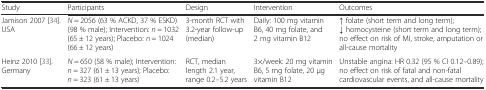
<table><thead><tr><td><b>Study</b></td><td><b>Participants</b></td><td><b>Design</b></td><td><b>Intervention</b></td><td><b>Outcomes</b></td></tr></thead><tbody><tr><td>Jamison 2007 [34]. USA</td><td><i>N</i> = 2056 (63 % ACKD, 37 % ESKD) (98 % male); Intervention: <i>n</i> = 1032 (65 ± 12 years); Placebo: <i>n</i> = 1024 (66 ± 12 years)</td><td>3-month RCT with 3.2-year follow-up (median)</td><td>Daily: 100 mg vitamin B6, 40 mg folate, and 2 mg vitamin B12</td><td>↑ folate (short term and long term); ↓ homocysteine (short term and long term); no effect on risk of MI, stroke, amputation or all-cause mortality</td></tr><tr><td>Heinz 2010 [33]. Germany</td><td><i>N</i> = 650 (58 % male); Intervention: <i>n</i> = 327 (61 ± 13 years); Placebo: <i>n</i> = 323 (61 ± 13 years)</td><td>RCT, median length 2.1 year, range 0.2–5.2 years</td><td>3×/week: 20 mg vitamin B6, 5 mg folate, 20 μg vitamin B12</td><td>Unstable angina: HR 0.32 (95 % CI 0.12–0.89); no effect on risk of fatal and non-fatal cardiovascular events, and all-cause mortality</td></tr></tbody></table>